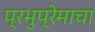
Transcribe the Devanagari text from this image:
प्रभुप्रेमाचा